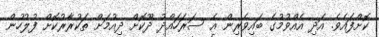
ކޮށްފައެވެ. އަދި އެއްވުމުގެ ބައިވެރިން އެ ސަރަހައްދު ދޫކޮށް ދިއުމަށް ތަކުރާރުކޮށް ފުލުހުން